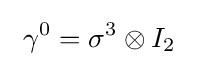
\ \gamma ^{0}=\sigma ^{3}\otimes I_{2}\